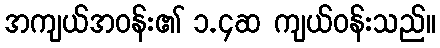
အကျယ်အဝန်း၏ ၁.၄ဆ ကျယ်ဝန်းသည်။